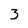
Character: 3